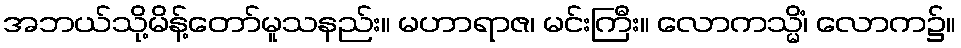
အဘယ်သို့မိန့်တော်မူသနည်း။ မဟာရာဇ၊ မင်းကြီး။ လောကသ္မိံ၊ လောက၌။